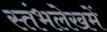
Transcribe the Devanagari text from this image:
स्‍तंभलेखमें